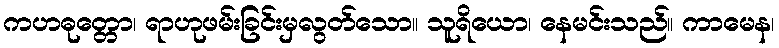
ကဟဓုတ္တော၊ ရာဟုဖမ်းခြင်းမှလွတ်သော။ သူရိယော၊ နေမင်းသည်။ ကာမေန၊